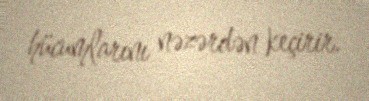
hücumlarını nəzərdən keçirir.